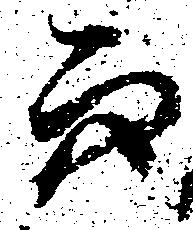
而